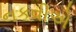
નકવીએ